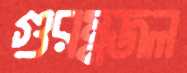
গুরম্নজল